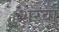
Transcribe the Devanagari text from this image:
शरबा